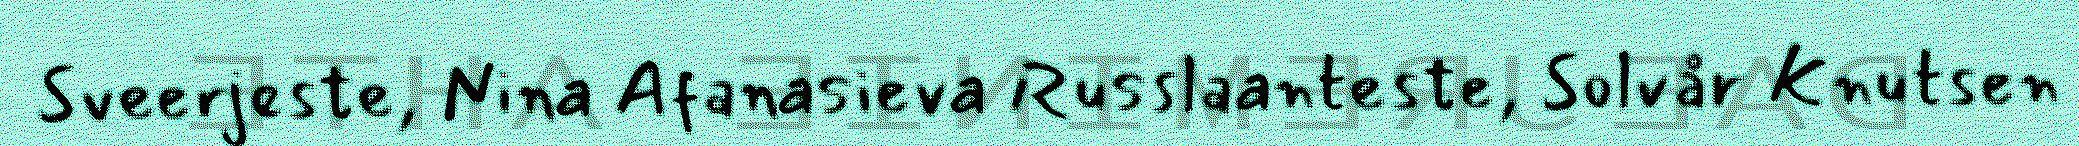
Sveerjeste, Nina Afanasieva Russlaanteste, Solvår Knutsen